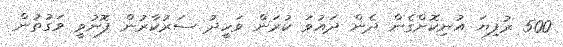
500 ރުފިޔަ އުނިކޮށްގެން ދެން ދައުވަ ކުރަން ވަހީދު ސަރުކާރުން ފޮނުވީ ވަގުތުން